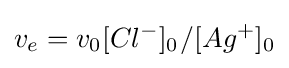
v_{e}=v_{0}[Cl^{-}]_{0^{}}/[Ag^{+}]_{0}